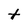
Character: t